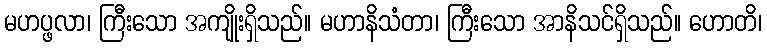
မဟပ္ဖလာ၊ ကြီးသော အကျိုးရှိသည်။ မဟာနိသံတာ၊ ကြီးသော အာနိသင်ရှိသည်။ ဟောတိ၊